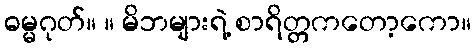
ဓမ္မဂုတ်။ ။ မိဘများရဲ့ စာရိတ္တကတော့ကော။